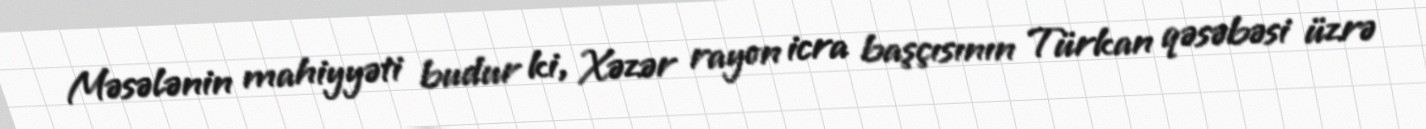
Məsələnin mahiyyəti budur ki, Xəzər rayon icra başçısının Türkan qəsəbəsi üzrə